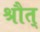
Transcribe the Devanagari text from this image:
श्रौत्